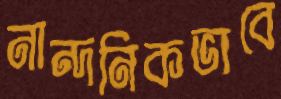
নান্দনিকভাবে